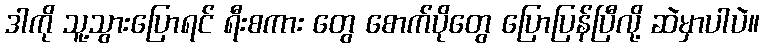
ဒါကို သူ့သွားပြောရင် ရီးစကား တွေ စောက်ပိုတွေ ပြောပြန်ပြီလို့ ဆဲမှာပါပဲ။